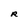
Character: R